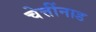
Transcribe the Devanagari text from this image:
चेत्तींनाड